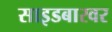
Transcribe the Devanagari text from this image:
साइडबारवर